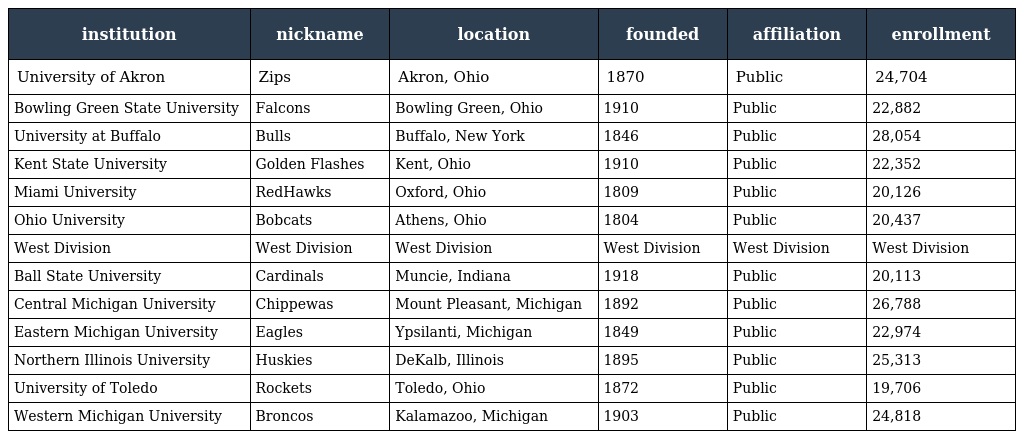
| institution | nickname | location | founded | affiliation | enrollment |
 | --- | --- | --- | --- | --- | --- |
 | University of Akron | Zips | Akron, Ohio | 1870 | Public | 24,704 |
 | Bowling Green State University | Falcons | Bowling Green, Ohio | 1910 | Public | 22,882 |
 | University at Buffalo | Bulls | Buffalo, New York | 1846 | Public | 28,054 |
 | Kent State University | Golden Flashes | Kent, Ohio | 1910 | Public | 22,352 |
 | Miami University | RedHawks | Oxford, Ohio | 1809 | Public | 20,126 |
 | Ohio University | Bobcats | Athens, Ohio | 1804 | Public | 20,437 |
 | West Division | West Division | West Division | West Division | West Division | West Division |
 | Ball State University | Cardinals | Muncie, Indiana | 1918 | Public | 20,113 |
 | Central Michigan University | Chippewas | Mount Pleasant, Michigan | 1892 | Public | 26,788 |
 | Eastern Michigan University | Eagles | Ypsilanti, Michigan | 1849 | Public | 22,974 |
 | Northern Illinois University | Huskies | DeKalb, Illinois | 1895 | Public | 25,313 |
 | University of Toledo | Rockets | Toledo, Ohio | 1872 | Public | 19,706 |
 | Western Michigan University | Broncos | Kalamazoo, Michigan | 1903 | Public | 24,818 |